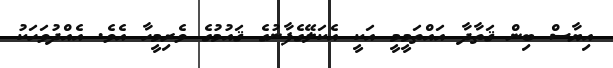
އިޔާސް ބިން ޤަތާދާ އައްތަމީމީ އަކީ އެކަލޭގެފާނުގެ ޤައުމުގެ ވެރިމީހާ އެވެ. އެއްދުވަހަކު